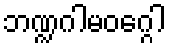
ဘဏ္ဍဂါမဝဂ္ဂေါ